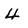
Character: 4